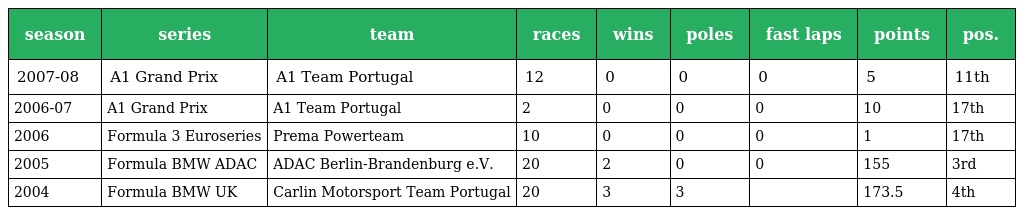
| season | series | team | races | wins | poles | fast laps | points | pos. |
 | --- | --- | --- | --- | --- | --- | --- | --- | --- |
 | 2007-08 | A1 Grand Prix | A1 Team Portugal | 12 | 0 | 0 | 0 | 5 | 11th |
 | 2006-07 | A1 Grand Prix | A1 Team Portugal | 2 | 0 | 0 | 0 | 10 | 17th |
 | 2006 | Formula 3 Euroseries | Prema Powerteam | 10 | 0 | 0 | 0 | 1 | 17th |
 | 2005 | Formula BMW ADAC | ADAC Berlin-Brandenburg e.V. | 20 | 2 | 0 | 0 | 155 | 3rd |
 | 2004 | Formula BMW UK | Carlin Motorsport Team Portugal | 20 | 3 | 3 |  | 173.5 | 4th |